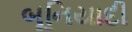
બૂનિયાદી